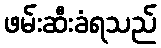
ဖမ်းဆီးခံရသည်